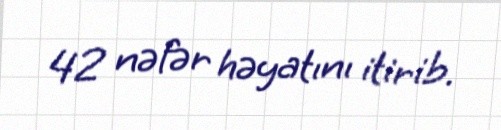
42 nəfər həyatını itirib.